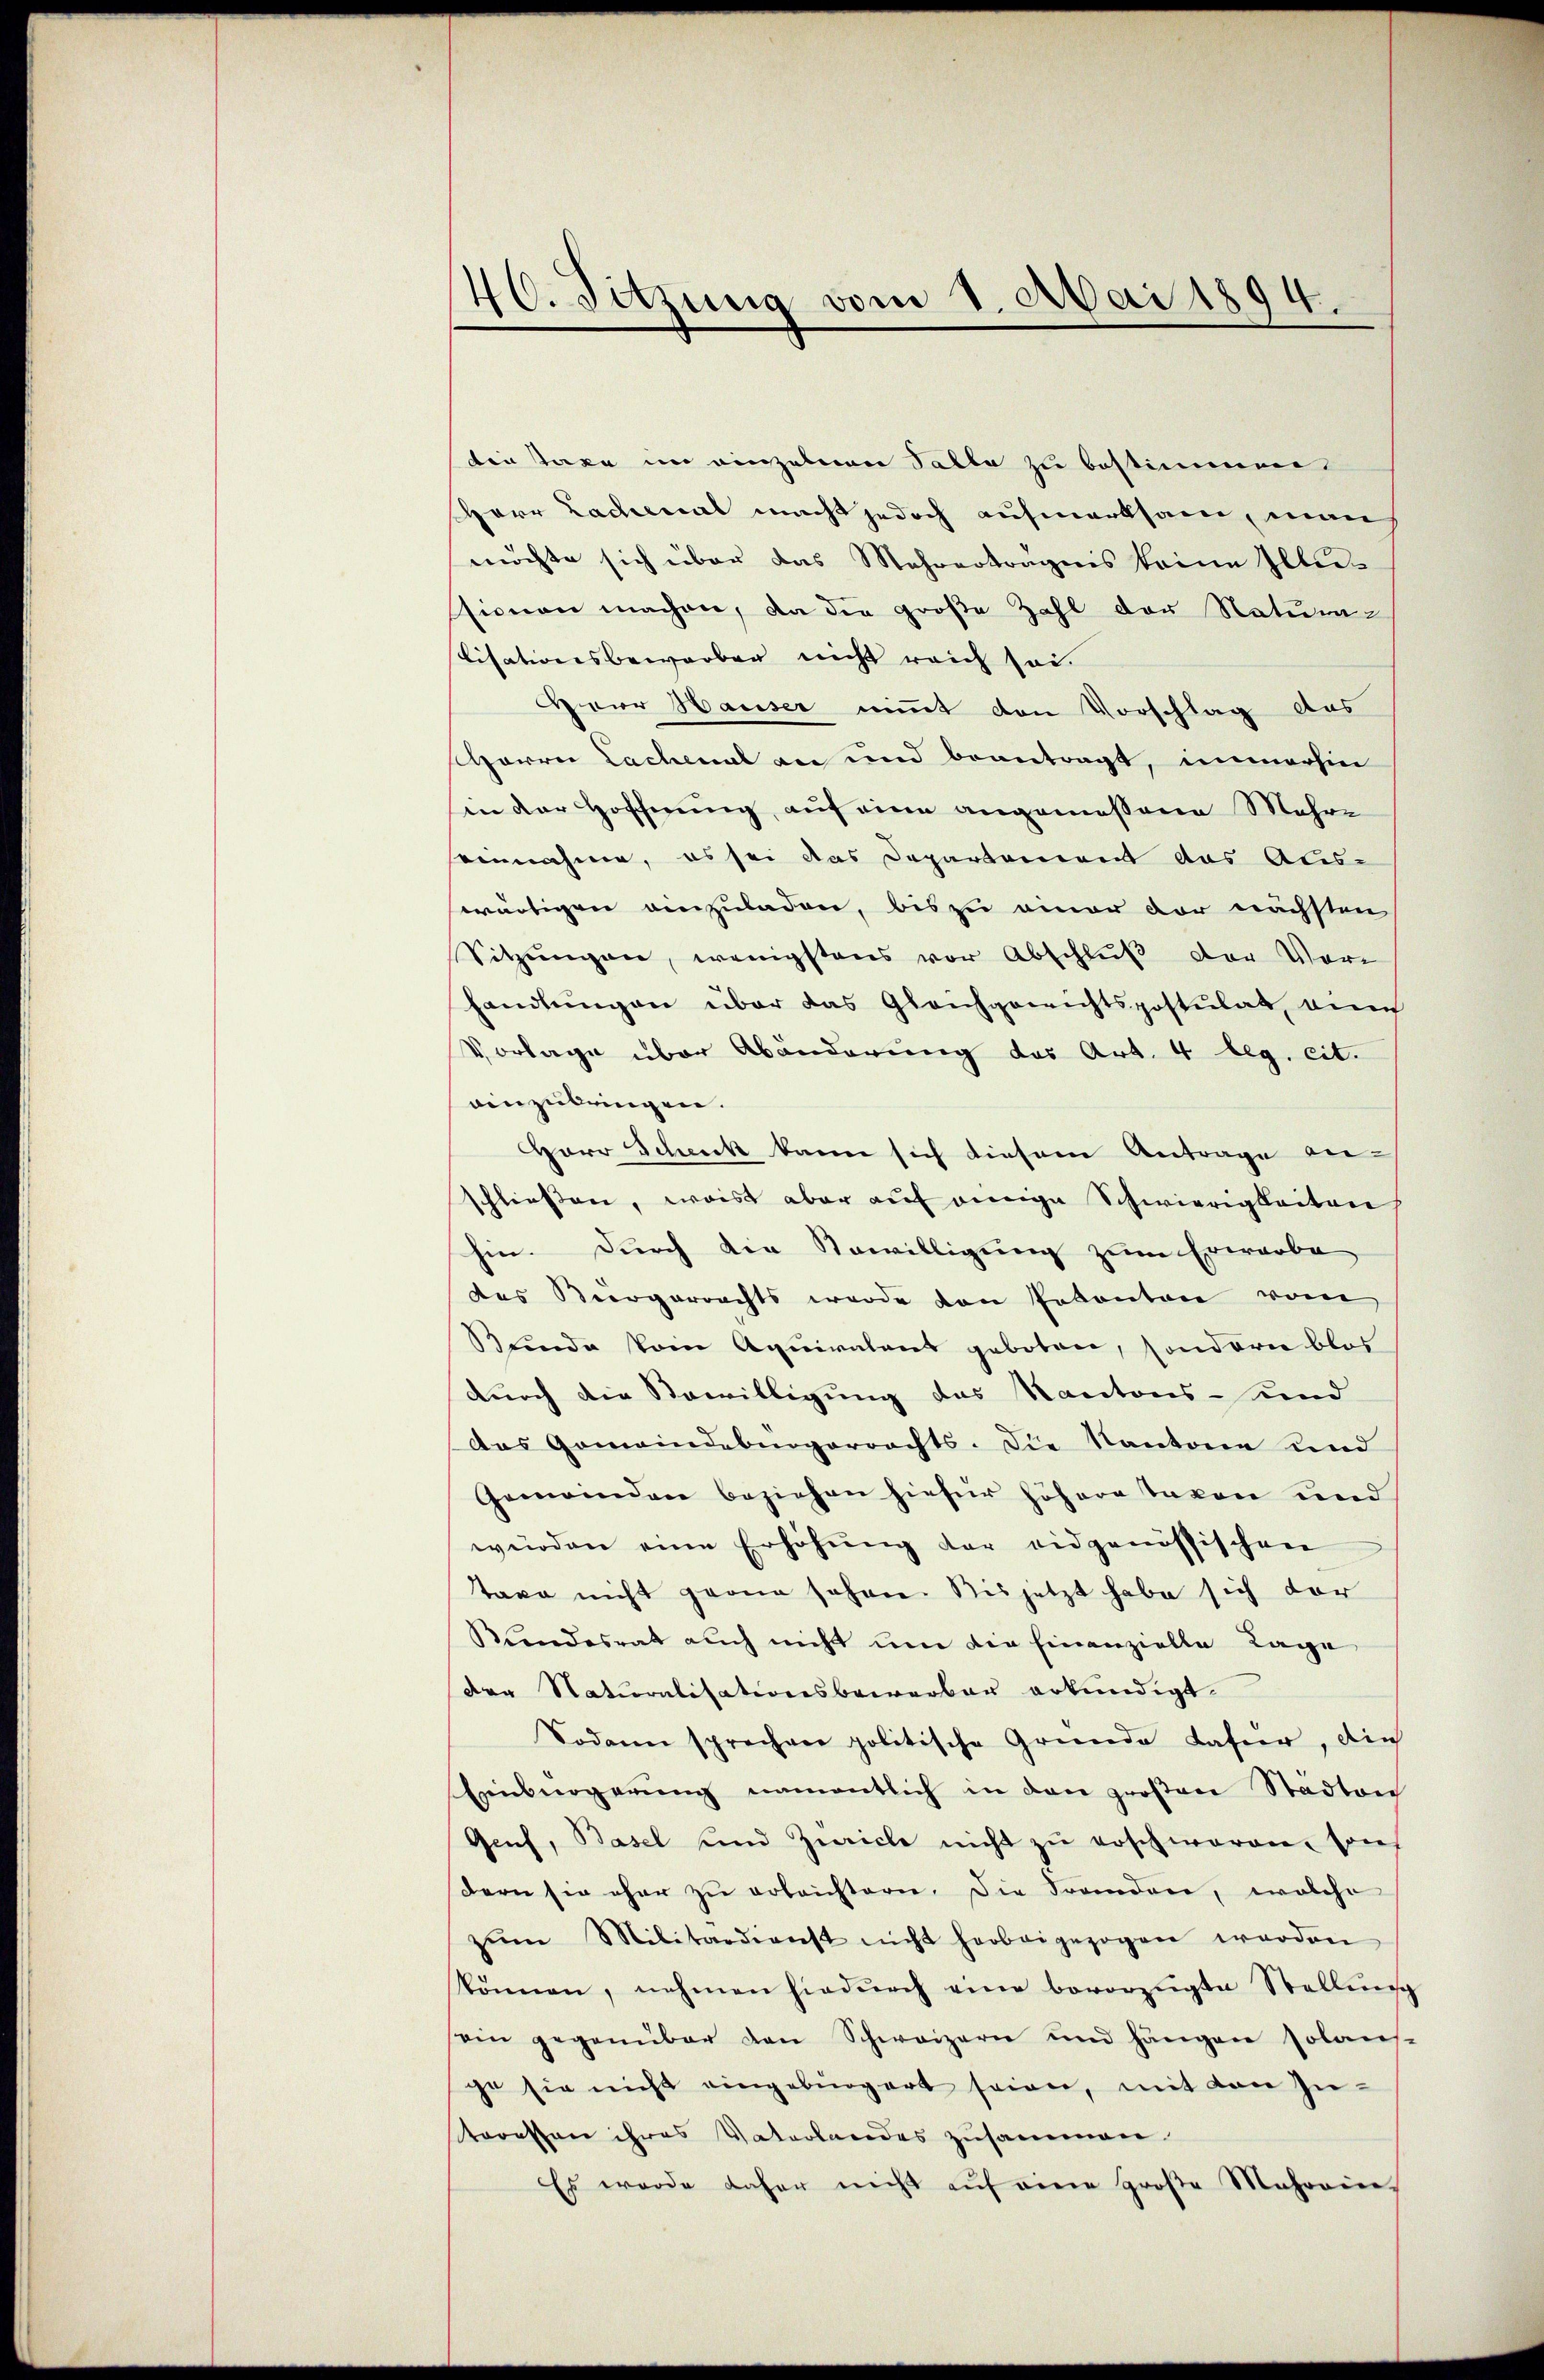
46. Sitzung vom 1. Mai 1894.

tinstaxe im einzelnen Palla zu bestimmen.
Herr Lachenal macht jedoch aufmerksam, manch
möchte sich über das Mehrerträgnis keine Illi-
ssionen machen, da die große Zahl der Natura-
Cisationsbeworben nicht reich sei.
Haar Hauser nimmt den Vorschlag das
Harrer Lachenal an und beantragt, immerhin
hin der Hoffnung, auf eine angemessene Mehre
einnahme, es sei das Departement das Aus-
wärtigen einzuladen, bis zu einer vor nächsten
Sitzungen, wenigstens vor Abschluß der Vorhandlungen über das Gleichgewichtspostulat, au
Vorlage über Abänderung das Art. 4 leg. cit.
einzubringen.
Herr Schick kann sich diesem Antrage an-
schliessen, weis aber auf einige Schwierigkeiten
hin. Durch die Bewilligung zum Erwarbe
des Bergerrechts werde den Petenton vom
Bunde kein Aquivalens geboten, sondern blos
durch die Bewilligung das Kantons-Kind
Das Gemeindebürgerrechts. Die Kantone und
Gemeinden beziehen hiefür höhere Taxen und
würden eine Erhöhŭng der eidgenössischen
taxe nicht gerne sehen. Bis jetzt habe sich der
Kundesrat auch nicht um die Finanzielle Lage
der Naturalisationsbewerber erkundigt.
Sodann sprechen politische Gründe dafür, die
Eisnögerung namentlich in den großen Stadtan
Genf, Basel und Zürich nicht zu erschweren, sons
dern sie ohne zu erleichtern. Die Franden, welche
zŭm Militärdienst nicht herbeigezogen worden
können, nehmen hiedurch eine bevorzügte Stellŭng
ein gegenüber den Schweizern und hängen solans-
ge sie nicht eingebürgert seien, mit den Zuteressen ihres Vaterlandes zusammen.
Es wurde daher nicht aŭf eine große Mehrain